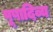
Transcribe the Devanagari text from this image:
पूषादिव्य